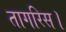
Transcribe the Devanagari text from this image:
तागरिस।